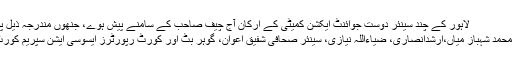
لاہور کے چند سینئر دوست جوائنٹ ایکشن کمیٹی کے ارکان آج چیف صاحب کے سامنے پیش ہوے، جنھوں مندرجہ ذیل پوسٹ اپنے فیس بک پر پوسٹ کی
”جوائنٹ ایکشن کمیٹی کے ارکان محمد شہباز میاں،ارشدانصاری، ضیاءاللہ نیازی، سینئر صحافی شفیق اعوان، گوہر بٹ اور کورٹ رپورٹرز ایسوسی ایشن سپریم کورٹ لاہور رجسٹری میں پیش ہوئے۔